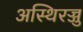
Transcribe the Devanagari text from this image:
अस्थिरज्जु